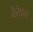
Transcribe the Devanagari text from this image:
वेरंघम